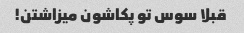
قبلا سوس تو پکاشون میزاشتن!